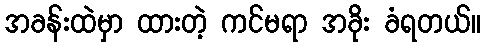
အခန်းထဲမှာ ထားတဲ့ ကင်မရာ အခိုး ခံရတယ်။